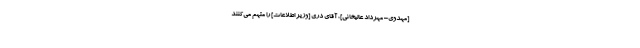
[مهدوی= مهرداد عالیخانی]، آقاى درى [وزیر اطلاعات] را متهم مى‌كنند